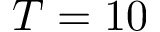
T = 1 0